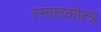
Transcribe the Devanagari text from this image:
स्नात्तकोत्त्र